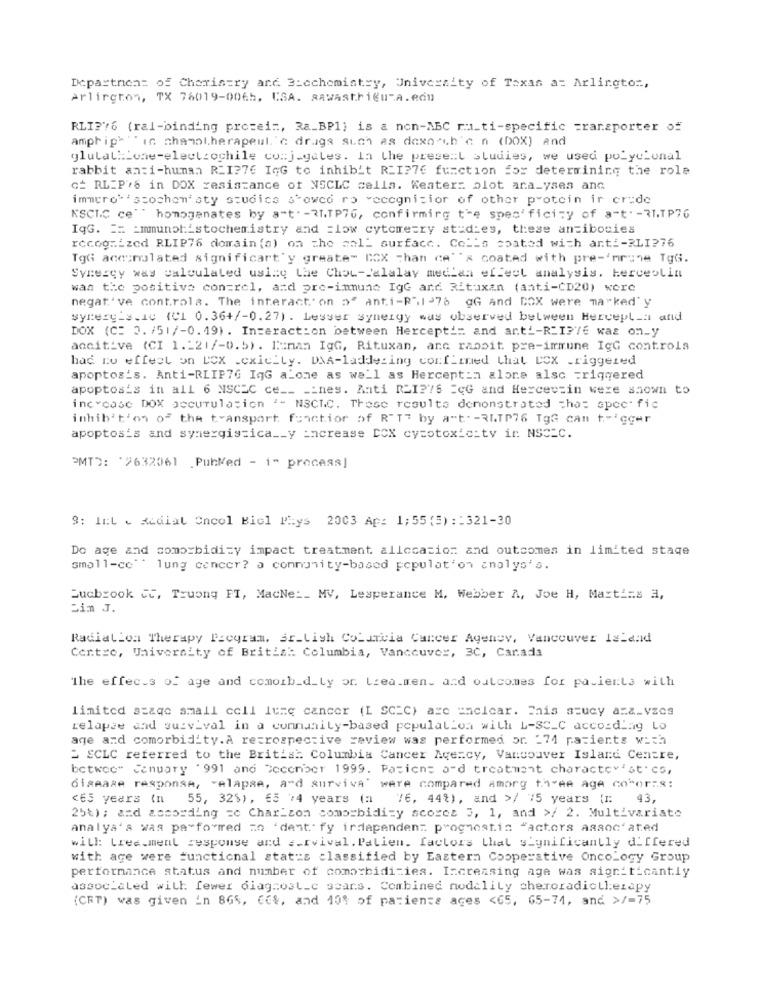
Department of Charistry and Biochemistry, University of Texas at Arlington,
Arlington, TX 76019-0065, CSA. aAwAstrieu-A. edn
RLI?76 (ral-binding protein, Ra_BP1) is & non-ABC ru_ti-specific =ransporter of
amphiph " " in chamol.herapeul. 'c drugs such as dexo-th'c n (DOX) and
glutat:Lone-electrochile co:j.gates. In the present studies, we used polyclonal
rabbit anti-human REI?76 IGG to inhibit RLI?76 function for determining the role
C_ RLIP.6 in DOX resistance of NSCLC cella. Keaters plot ara_yses and
imauro 'scochon'sty studica stowco ro veccgnicior of other protein ir crude
KSCIC ce"" homogenates by a"t" -RI.TP76, confirming the specificity of art. - RI.TP76
IqG. == = mmunohistochemistry and =low cytometry studies, these antibodies
recognized RLIP76 domain (a) on the call surface. Colls coated with anti-RLI?76
TgG accumulated significart'y greate- BOX chan ce" "x coated with pre-'mrune TgG.
Synergy was calculated using the Chou-Jalalay mediaa effect analysis. hercestin
was the positive con=rel, and pre-immune IgG and Rituxan (anti-CD20) were
negat've controla. The interact' on >" anti-R"1>76 @G And BOX were marked' y
synergis.ic (C1 0.36+/-0.27) . Lesser synergy was observed between Hercepl : and
DOX (C= 3. /51/-0. 19) . Interaction between Hercepti= and anti-R_I?76 was on_y
ancitive (CI 1 .- 21/-0.5) . Kuman IgG, Rituxan, ane rabbit pre-immune IgG controla
had no effect on LCX cxicity. DNA-laddeting confirmed that COX triggered
apoptosis. Anti-RLIP76 IqG alone as well as Herceptin alore alsc =riggered
apoptosis in all 6 NSCLC ce __ __ nes. Anti RLI275 EGG and Hercevzin were shown to
increase DOX accumulation - NSCLC. These results demonstrated that spec fic
inhib't'on of the transport, function of R"T7 by a"t. - RITP76 TgG can trigger
apoptosis and synergistica __ y increase DOX cytotoxicity in NSCLC.
PMTD: '2632061 PubMed - i- process]
9: Inte Medial Oncol Biol Phys 2003 Ap: 1;55 (5) :: 321-30
Do age and comorbidity impact treatment allocation and outcomes in limited staqe
small-ce"' lung cencer? a community-based populat'on analysis.
Sucbrook CC, Truong FT, MacNe :_ MV, Lesperance M. Webber A, Joe H, Masti=s a,
Ein J.
Radiation Therapy Program. Sr_Lish Columbia Carcer Agency, Vancouver Island
Centre, University of British Columbia, Vancouver, 3C, Canada
The effects of age and comoib_d_ty or treatmen. and outcomes for patients with
limited staqe small cell lung cancer (I SC=C) are ancicar. Enis szucy az&_vzes
relapse and survival in a community-based population with L-SC_C accordiag Lo
age and comorbidity. A retrospective review was performed or. _ 74 patients with
2 SCLC referred to the British Columbia Cancer Agency, Vancouver Island Centre,
betwee" January '991 and December 1999. Patient and treatment character'st'es,
disease response, "elapse, and survive" were compared among three age comoras:
<ES years (n 55, 32%), 65 74 years (a 76, 44%), and >/ 75 years {1: 43,
25%); and according =c Charlton comorbidizy scores 3, 1, and >/ 2. Multivariate
analys's was pa forred zo 'dent fy irdapendent prognostis "actors associated
will: Lrea-ment response and __ rvival. Palien. factors that sLynificantly differed
with age were functional status classified by Eastern Cooperative Oncology Group
performance status and number of comorbidities. Increasing age was significantly
associated with fewer diagnost_c sears. Combined modality cheroradiotherapy
(CRT) was given in B6%, Got, and 10% of patients ages <65, 65-74, and >/=75